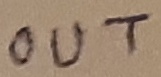
Text: OUT